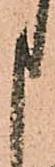
申